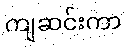
ကျဆင်းကာ